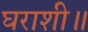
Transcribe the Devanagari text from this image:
घराशी॥